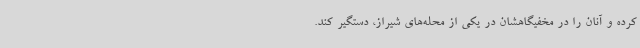
کرده و آنان را در مخفیگاهشان در یکی از محله‌های شیراز، دستگیر کند.